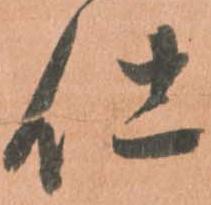
仕